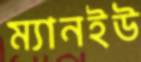
ম্যানইউ